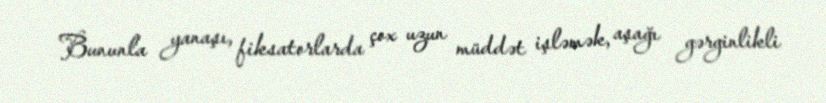
Bununla yanaşı, fiksatorlarda çox uzun müddət işləmək, aşağı gərginlikli